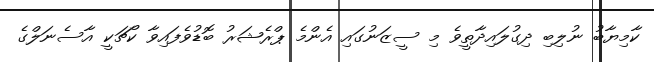
ކާމިޔާބު ނުލިބި ދިގުލައިދާތީވެ މި ސީޒަނުގައި އެންމެ ޕްރެޝަރު ބޮޑުވެފައިވާ ކޯޗަކީ އާސެނަލްގެ